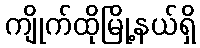
ကျိုက်ထိုမြို့နယ်ရှိ